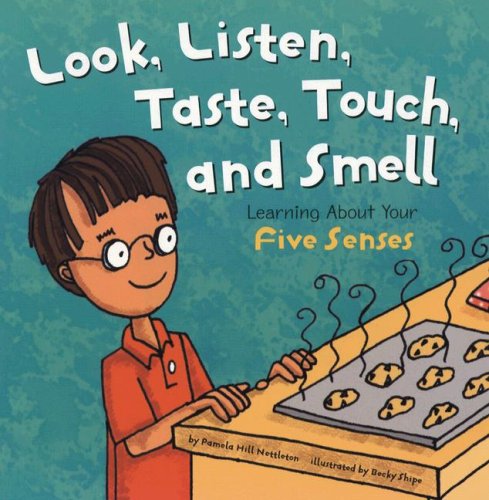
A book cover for Look, Listen, Taste, Touch, and Smell: Learning About Your Five Senses (The Amazing Body); Pamela Hill Nettleton; Children's Books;